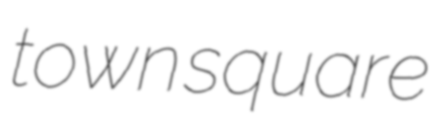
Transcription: town square